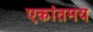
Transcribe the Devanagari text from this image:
एकांतमय